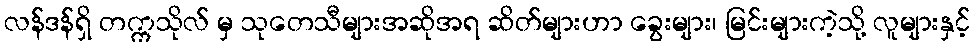
လန်ဒန်ရှိ တက္ကသိုလ် မှ သုတေသီများအဆိုအရ ဆိတ်များဟာ ခွေးများ၊ မြင်းများကဲ့သို့ လူများနှင့်